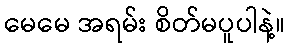
မေမေ အရမ်း စိတ်မပူပါနဲ့။